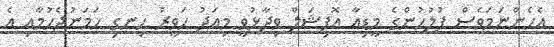
އެހެންނަމަވެސް ފުލުހުންގެ މީޑިއާ އޮފިޝަލް ވިދާޅުވީ މިއަދު ހަވީރު ހިނގި ހަމަނުޖެހުމާއި އެ